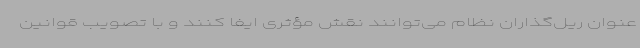
‌عنوان ریل‌گذاران نظام می‌توانند نقش مؤثری ایفا کنند و با تصویب قوانین